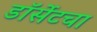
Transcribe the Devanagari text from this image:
डॉर्सेटचा